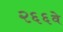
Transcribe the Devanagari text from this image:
२६६वे